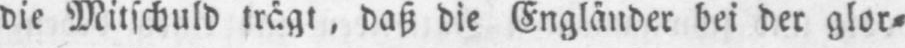
die Mitschuld trägt, daß die Engländer bei der glor⸗